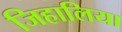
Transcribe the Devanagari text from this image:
जिहालिया